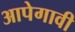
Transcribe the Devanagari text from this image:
आपेगावी